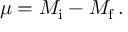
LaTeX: \mu = M _ { \mathrm { i } } - M _ { \mathrm { f } } \, .